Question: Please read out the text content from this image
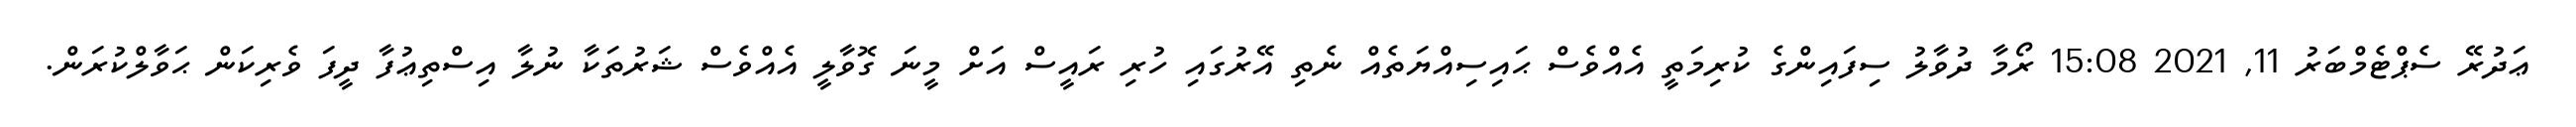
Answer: ޢަދުރޭ ސެޕްޓެމްބަރު 11, 2021 15:08 ރޯމާ ދުވާލު ސިފައިންގެ ކުރިމަތީ އެއްވެސް ޙައިސިއްޔަތެއް ނެތި އޭރުގައި ހުރި ރައީސް އަށް މީނަ ގޮވާލީ އެއްވެސް ޝަރުތަކާ ނުލާ އިސްތިޢުފާ ދީފަ ވެރިކަން ޙަވާލްކުރަން.